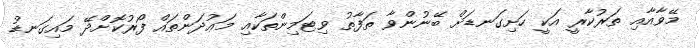
މޭވާއާއި ތަރުކާރީ އަކީ ހަށިގަނޑަށް ބޭނުންވާ ތަފާތު ވިޓަމިންތަކާއި މަޢުދަންތައް ފޯރުކޮށްދޭ މައިގަނޑު